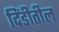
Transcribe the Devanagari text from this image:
दिंडीतील